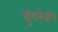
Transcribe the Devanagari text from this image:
चुंगनेजंग